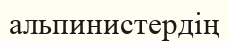
альпинистердің